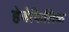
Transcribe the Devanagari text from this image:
हेबेफिलिक